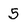
Character: 5